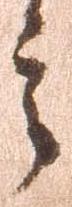
言